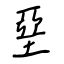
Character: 堊